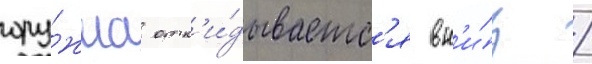
ору́жиа отк'и́дываетс'я вн'и́з /